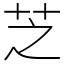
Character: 芝